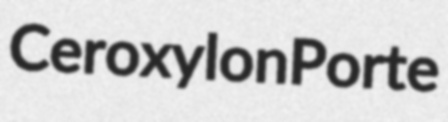
Ceroxylon Porte